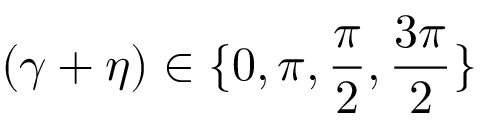
( \gamma + \eta ) \in \{ 0 , \pi , \frac { \pi } { 2 } , \frac { 3 \pi } { 2 } \}